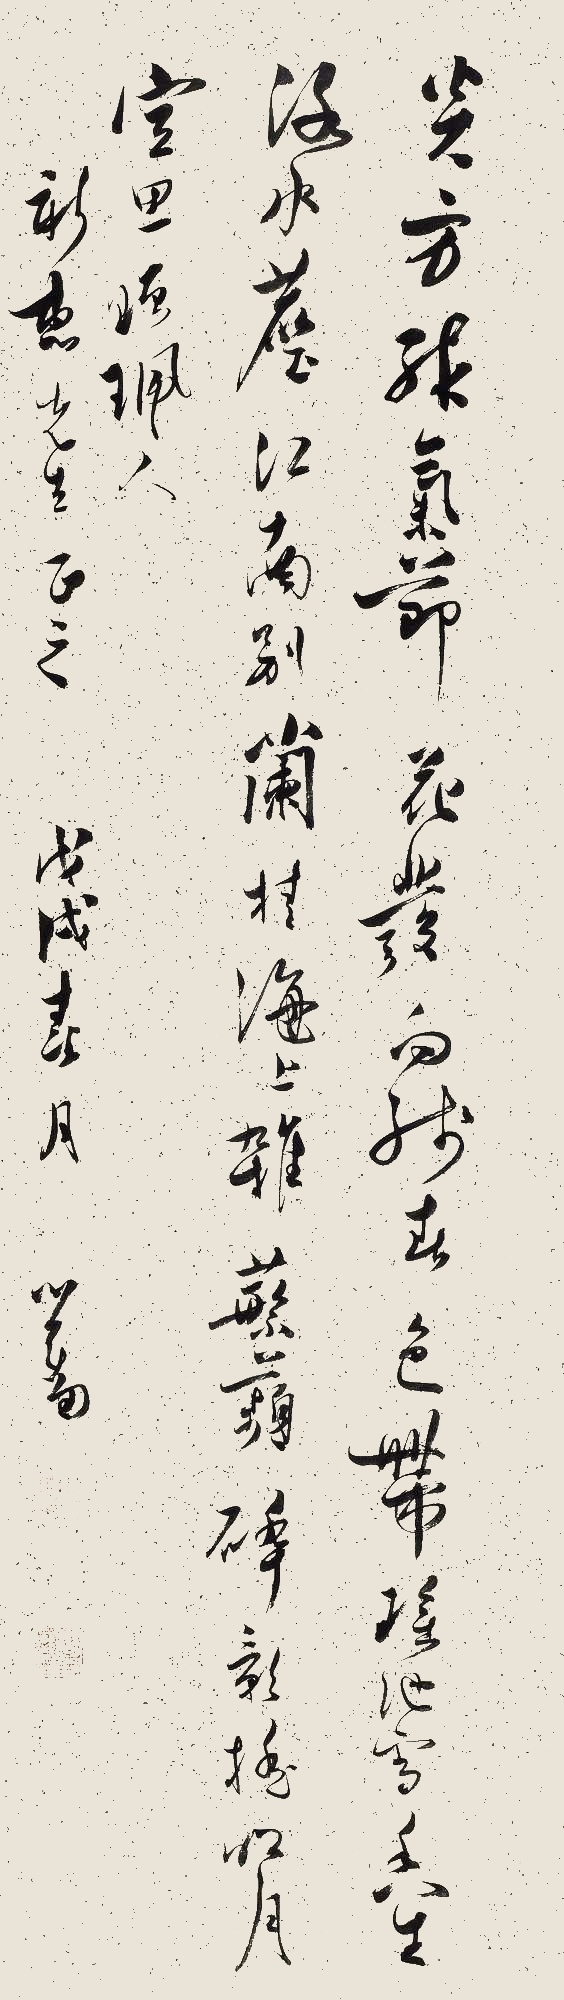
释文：炎方殊气节，花发向残春。色带瑶池雪，香生洛水尘。江南别兰桂，海上杂蘩苹。碎影摇明月，空思赠佩人。新惠先生正之。戊戌春月。心畬。